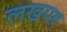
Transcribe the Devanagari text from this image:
लखपद